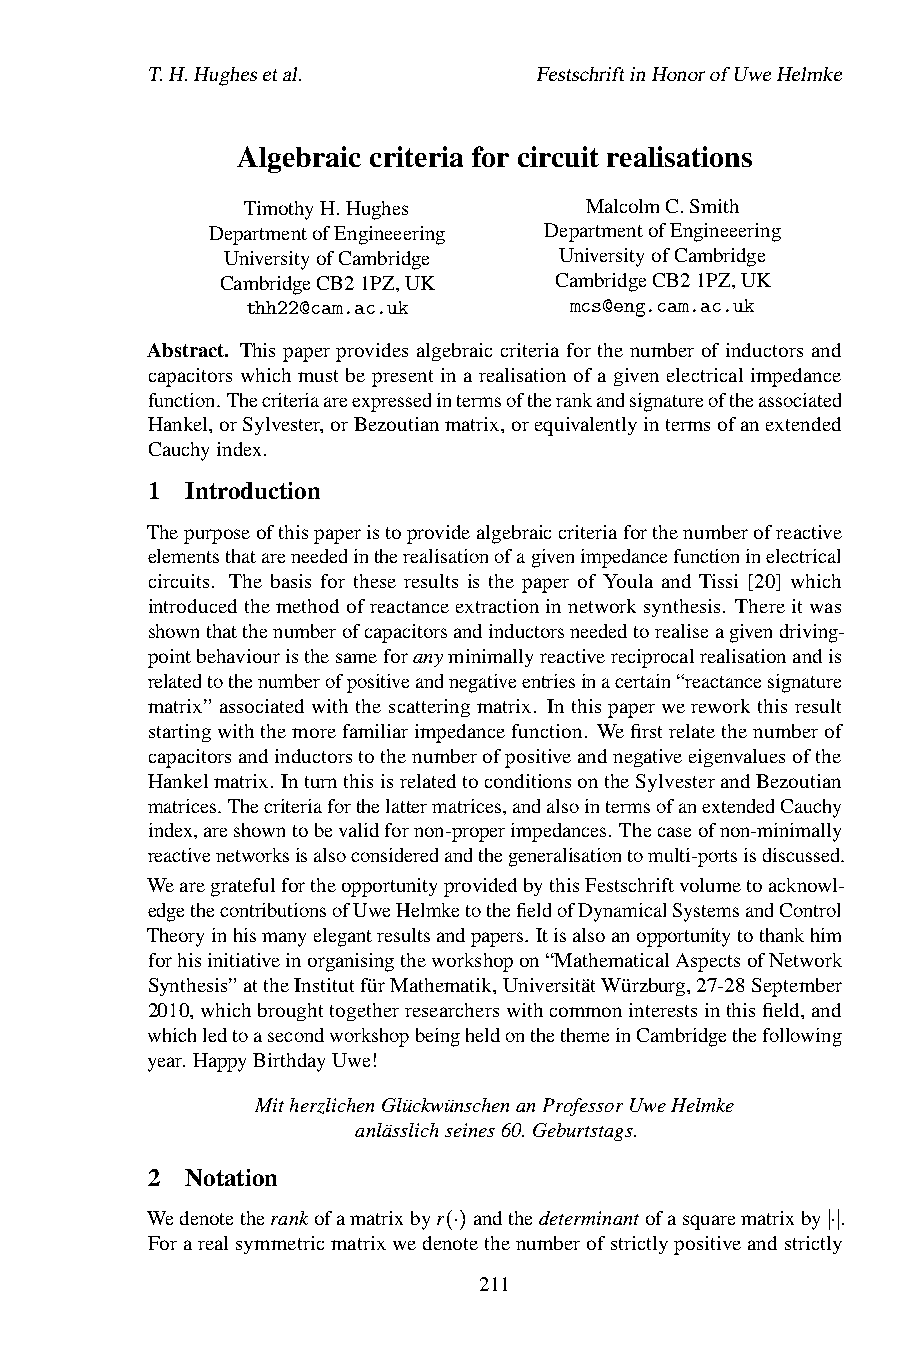
T.H.Hughesetal.           FestschriftinHonorofUweHelmke
 Algebraic criteria for circuit realisations
 TimothyH.Hughes        MalcolmC.Smith
 DepartmentofEngineeering DepartmentofEngineeering
 UniversityofCambridge UniversityofCambridge
 CambridgeCB21PZ,UK    CambridgeCB21PZ,UK
 thh22@cam.ac.uk       mcs@eng.cam.ac.uk
 Abstract. This paper provides algebraic criteria for the number of inductors and
 capacitors which must be present in a realisation of a given electrical impedance
 function.Thecriteriaareexpressedintermsoftherankandsignatureoftheassociated
 Hankel,orSylvester,orBezoutianmatrix,orequivalentlyintermsofanextended
 Cauchyindex.
 1 Introduction
 Thepurposeofthispaperistoprovidealgebraiccriteriaforthenumberofreactive
 elementsthatareneededintherealisationofagivenimpedancefunctioninelectrical
 circuits. The basis for these results is the paper of Youla and Tissi [20] which
 introducedthemethodofreactanceextractioninnetworksynthesis. Thereitwas
 shownthatthenumberofcapacitorsandinductorsneededtorealiseagivendriving-
 pointbehaviouristhesameforanyminimallyreactivereciprocalrealisationandis
 relatedtothenumberofpositiveandnegativeentriesinacertain“reactancesignature
 matrix”associated withthe scatteringmatrix. In thispaper wereworkthis result
 startingwiththemorefamiliarimpedancefunction. Wefirstrelatethenumberof
 capacitorsandinductorstothenumberofpositiveandnegativeeigenvaluesofthe
 Hankelmatrix. InturnthisisrelatedtoconditionsontheSylvesterandBezoutian
 matrices. Thecriteriaforthelattermatrices,andalsointermsofanextendedCauchy
 index,areshowntobevalidfornon-properimpedances. Thecaseofnon-minimally
 reactivenetworksisalsoconsideredandthegeneralisationtomulti-portsisdiscussed.
 WearegratefulfortheopportunityprovidedbythisFestschriftvolumetoacknowl-
 edgethecontributionsofUweHelmketothefieldofDynamicalSystemsandControl
 Theoryinhismanyelegantresultsandpapers. Itisalsoanopportunitytothankhim
 forhisinitiativeinorganisingtheworkshopon“MathematicalAspectsofNetwork
 Synthesis”attheInstitutfürMathematik,UniversitätWürzburg,27-28September
 2010,whichbroughttogetherresearcherswithcommoninterestsinthisfield,and
 whichledtoasecondworkshopbeingheldonthethemeinCambridgethefollowing
 year. HappyBirthdayUwe!
 MitherzlichenGlückwünschenanProfessorUweHelmke
 anlässlichseines60.Geburtstags.
 2 Notation
 Wedenotetherankofamatrixbyr andthedeterminantofasquarematrixby .
 Forarealsymmetricmatrixwedenotethenumberofstrictlypositiveandstrictly
 (⋅)                       ∣⋅∣
 211